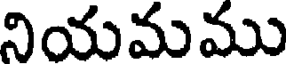
నియమము